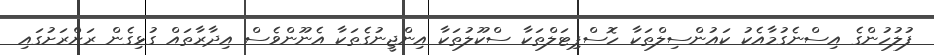
ފުލުހުންގެ އިސްނެގުމާއެކު ކައުންސިލްތަކާ ހޮސްޕިޓަލްތަކާ ސްކޫލުތަކާ އިންޖީނުގެތަކާ އެނޫންވެސް އިދާރާތައް ގުޅިގެން ރަށްރަށުގައި